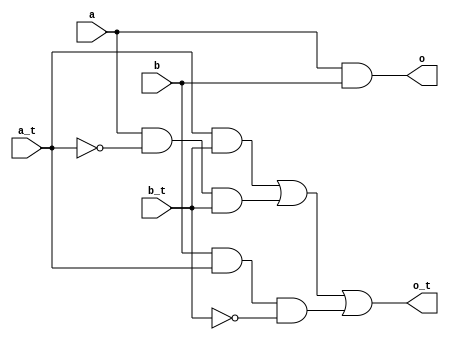
// Code your design here

module glfit_and (input a, input b, input a_t, input b_t, output o, output o_t);
  
  wire an_t, bn_t, an, bn;
  
  wire i1, i2, i3;
  
  
  not not1 (an_t, a_t);
  
  not not2 (bn_t, b_t);
  
  
  and and1 (i1, a_t, b_t);
  
  
  // AND GATE (CARRY FOR HALF ADDER / ONE BIT MULTIPLIER)
  
  and and2 (i2, a, an_t, b_t);
  
  and and3 (i3, b, a_t, bn_t);
  
  or or1 (o_t, i1, i2, i3);
  
  //REGULAR AND
  
  and and4 (o, a, b);

endmodule